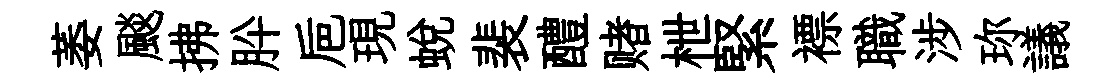
萎颷拂肸巵現蛻裴醴赌枻緊褾職涉珎議